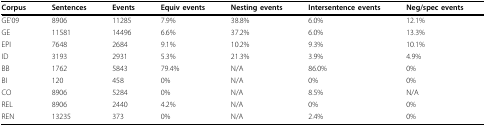
| Corpus | Sentences | Events | Equiv events | Nesting events | Intersentence events | Neg/spec events |
 | --- | --- | --- | --- | --- | --- | --- |
 | GE'09 | 8906 | 11285 | 7.9% | 38.8% | 6.0% | 12.1% |
 | GE | 11581 | 14496 | 6.6% | 37.2% | 6.0% | 13.3% |
 | EPI | 7648 | 2684 | 9.1% | 10.2% | 9.3% | 10.1% |
 | ID | 3193 | 2931 | 5.3% | 21.3% | 3.9% | 4.9% |
 | BB | 1762 | 5843 | 79.4% | N/A | 86.0% | 0% |
 | BI | 120 | 458 | 0% | N/A | 0% | 0% |
 | CO | 8906 | 5284 | 0% | N/A | 8.5% | N/A |
 | REL | 8906 | 2440 | 4.2% | N/A | 0% | 0% |
 | REN | 13235 | 373 | 0% | N/A | 2.4% | 0% |